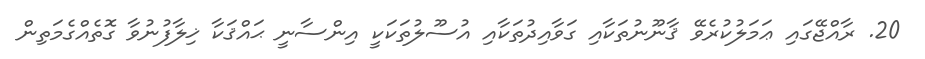
20. ރާއްޖޭގައި ޢަމަލުކުރެވޭ ޤާނޫނުތަކާއި ގަވާއިދުތަކާއި އުސޫލުތަކަކީ އިންސާނީ ޙައްޤަކާ ޚިލާފުނުވާ ގޮތެއްގެމަތިން